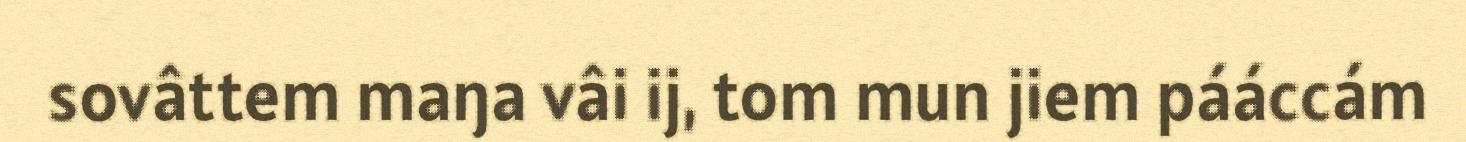
sovâttem maŋa vâi ij, tom mun jiem pááccám